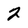
Character: 2